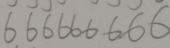
6 6 6 6 6 6 6 6 6